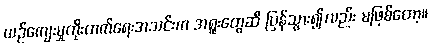
ယဉ်ကျေးမှုတိုးတက်ရေးအသင်းက အရူးတွေဆီ ပြန်သွား၍လည်း မဖြစ်တော့။